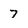
Character: 7